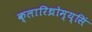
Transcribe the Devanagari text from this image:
क्लारिथ्रोम्य्सिं